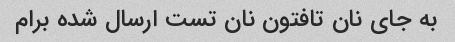
به جای نان تافتون نان تست ارسال شده برام